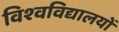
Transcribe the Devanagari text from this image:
विश्‍वविद्यालयों